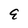
Character: E